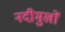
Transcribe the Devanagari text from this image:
नदीमुखों